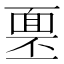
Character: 𩈓